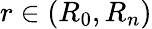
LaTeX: r\in(R_{0},R_{n})